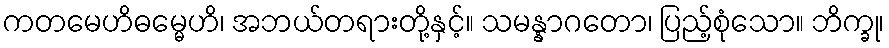
ကတမေဟိဓမ္မေဟိ၊ အဘယ်တရားတို့နှင့်။ သမန္နာဂတော၊ ပြည့်စုံသော။ ဘိက္ခု၊